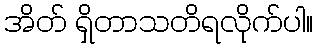
အိတ် ရှိတာသတိရလိုက်ပါ။